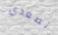
تصعدي